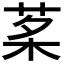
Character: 𦰔